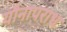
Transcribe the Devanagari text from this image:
यौनापराध